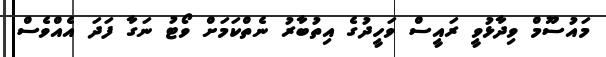
މައުސޫމް ވިދާޅުވީ ރައީސް ވަހީދުގެ އިތުބާރު ނެތްކަމަށް ވޯޓު ނަގާ ފަދަ އެއްވެސް